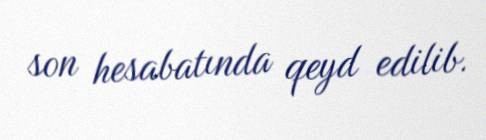
son hesabatında qeyd edilib.